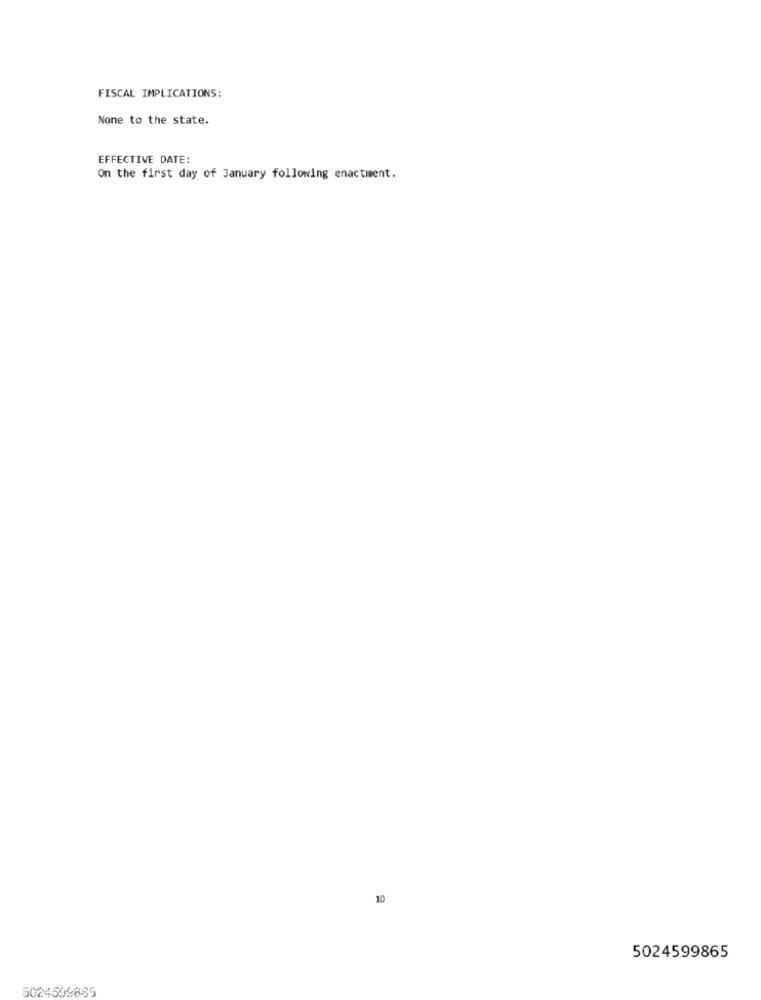
FISCAL IMPLICATIONS:
None to the state.
EFFECTIVE DATE:
On the first day of January following enactment.
10
5024599865
5024599865